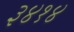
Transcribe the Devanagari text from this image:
३४१४